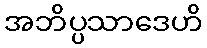
အဘိပ္ပသာဒေဟိ